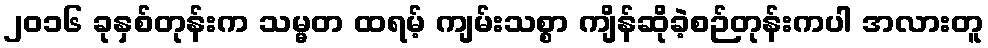
၂၀၁၆ ခုနှစ်တုန်းက သမ္မတ ထရမ့် ကျမ်းသစ္စာ ကျိန်ဆိုခဲ့စဉ်တုန်းကပါ အလားတူ